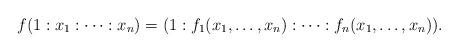
LaTeX: \begin{align*}f(1 : x_1 : \cdots : x_n) = (1 : f_1(x_1, \ldots, x_n) : \cdots : f_n(x_1, \ldots, x_n)).\end{align*}